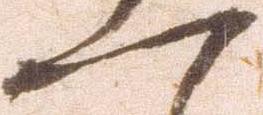
一